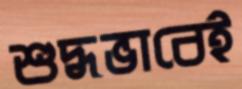
শুদ্ধভাবেই